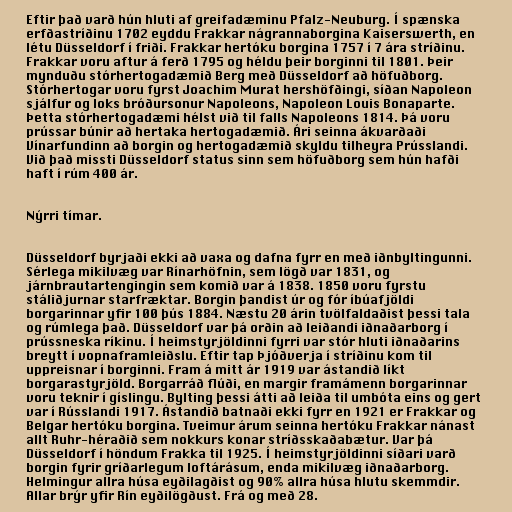
Eftir það varð hún hluti af greifadæminu Pfalz-Neuburg. Í spænska
erfðastríðinu 1702 eyddu Frakkar nágrannaborgina Kaiserswerth, en
létu Düsseldorf í friði. Frakkar hertóku borgina 1757 í 7 ára stríðinu.
Frakkar voru aftur á ferð 1795 og héldu þeir borginni til 1801. Þeir
mynduðu stórhertogadæmið Berg með Düsseldorf að höfuðborg.
Stórhertogar voru fyrst Joachim Murat hershöfðingi, síðan Napoleon
sjálfur og loks bróðursonur Napoleons, Napoleon Louis Bonaparte.
Þetta stórhertogadæmi hélst við til falls Napoleons 1814. Þá voru
prússar búnir að hertaka hertogadæmið. Ári seinna ákvarðaði
Vínarfundinn að borgin og hertogadæmið skyldu tilheyra Prússlandi.
Við það missti Düsseldorf status sinn sem höfuðborg sem hún hafði
haft í rúm 400 ár.

Nýrri tímar.

Düsseldorf byrjaði ekki að vaxa og dafna fyrr en með iðnbyltingunni.
Sérlega mikilvæg var Rínarhöfnin, sem lögð var 1831, og
járnbrautartengingin sem komið var á 1838. 1850 voru fyrstu
stáliðjurnar starfræktar. Borgin þandist úr og fór íbúafjöldi
borgarinnar yfir 100 þús 1884. Næstu 20 árin tvölfaldaðist þessi tala
og rúmlega það. Düsseldorf var þá orðin að leiðandi iðnaðarborg í
prússneska ríkinu. Í heimstyrjöldinni fyrri var stór hluti iðnaðarins
breytt í vopnaframleiðslu. Eftir tap Þjóðverja í stríðinu kom til
uppreisnar í borginni. Fram á mitt ár 1919 var ástandið líkt
borgarastyrjöld. Borgarráð flúði, en margir framámenn borgarinnar
voru teknir í gíslingu. Bylting þessi átti að leiða til umbóta eins og gert
var í Rússlandi 1917. Ástandið batnaði ekki fyrr en 1921 er Frakkar og
Belgar hertóku borgina. Tveimur árum seinna hertóku Frakkar nánast
allt Ruhr-héraðið sem nokkurs konar stríðsskaðabætur. Var þá
Düsseldorf í höndum Frakka til 1925. Í heimstyrjöldinni síðari varð
borgin fyrir gríðarlegum loftárásum, enda mikilvæg iðnaðarborg.
Helmingur allra húsa eyðilagðist og 90% allra húsa hlutu skemmdir.
Allar brýr yfir Rín eyðilögðust. Frá og með 28.